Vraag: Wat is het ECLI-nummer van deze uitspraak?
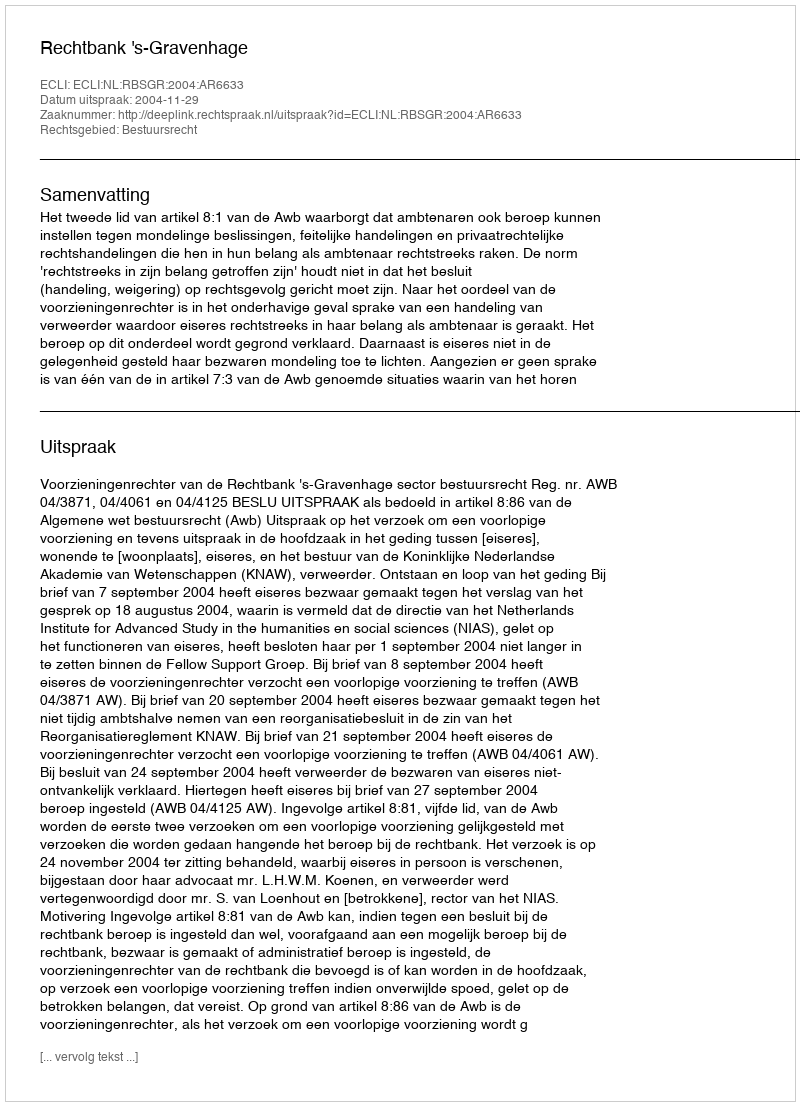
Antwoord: ECLI:NL:RBSGR:2004:AR6633